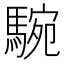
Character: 𩣵